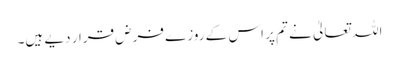
اللہ تعالیٰ نے تم پر اس کے روزے فرض قرار دیے ہیں۔